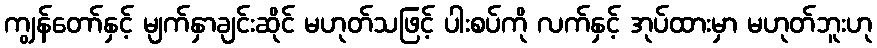
ကျွန်တော်နှင့် မျက်နှာချင်းဆိုင် မဟုတ်သဖြင့် ပါးစပ်ကို လက်နှင့် အုပ်ထားမှာ မဟုတ်ဘူးဟု